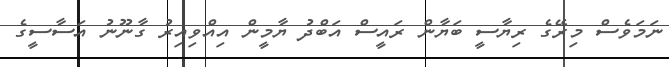
ނަމަވެސް މިރޭގެ ރިޔާސީ ބަޔާން ރައީސް އަބްދު ޔާމީން އިއްވިއިރު ގާނޫނު އަސާސީގެ